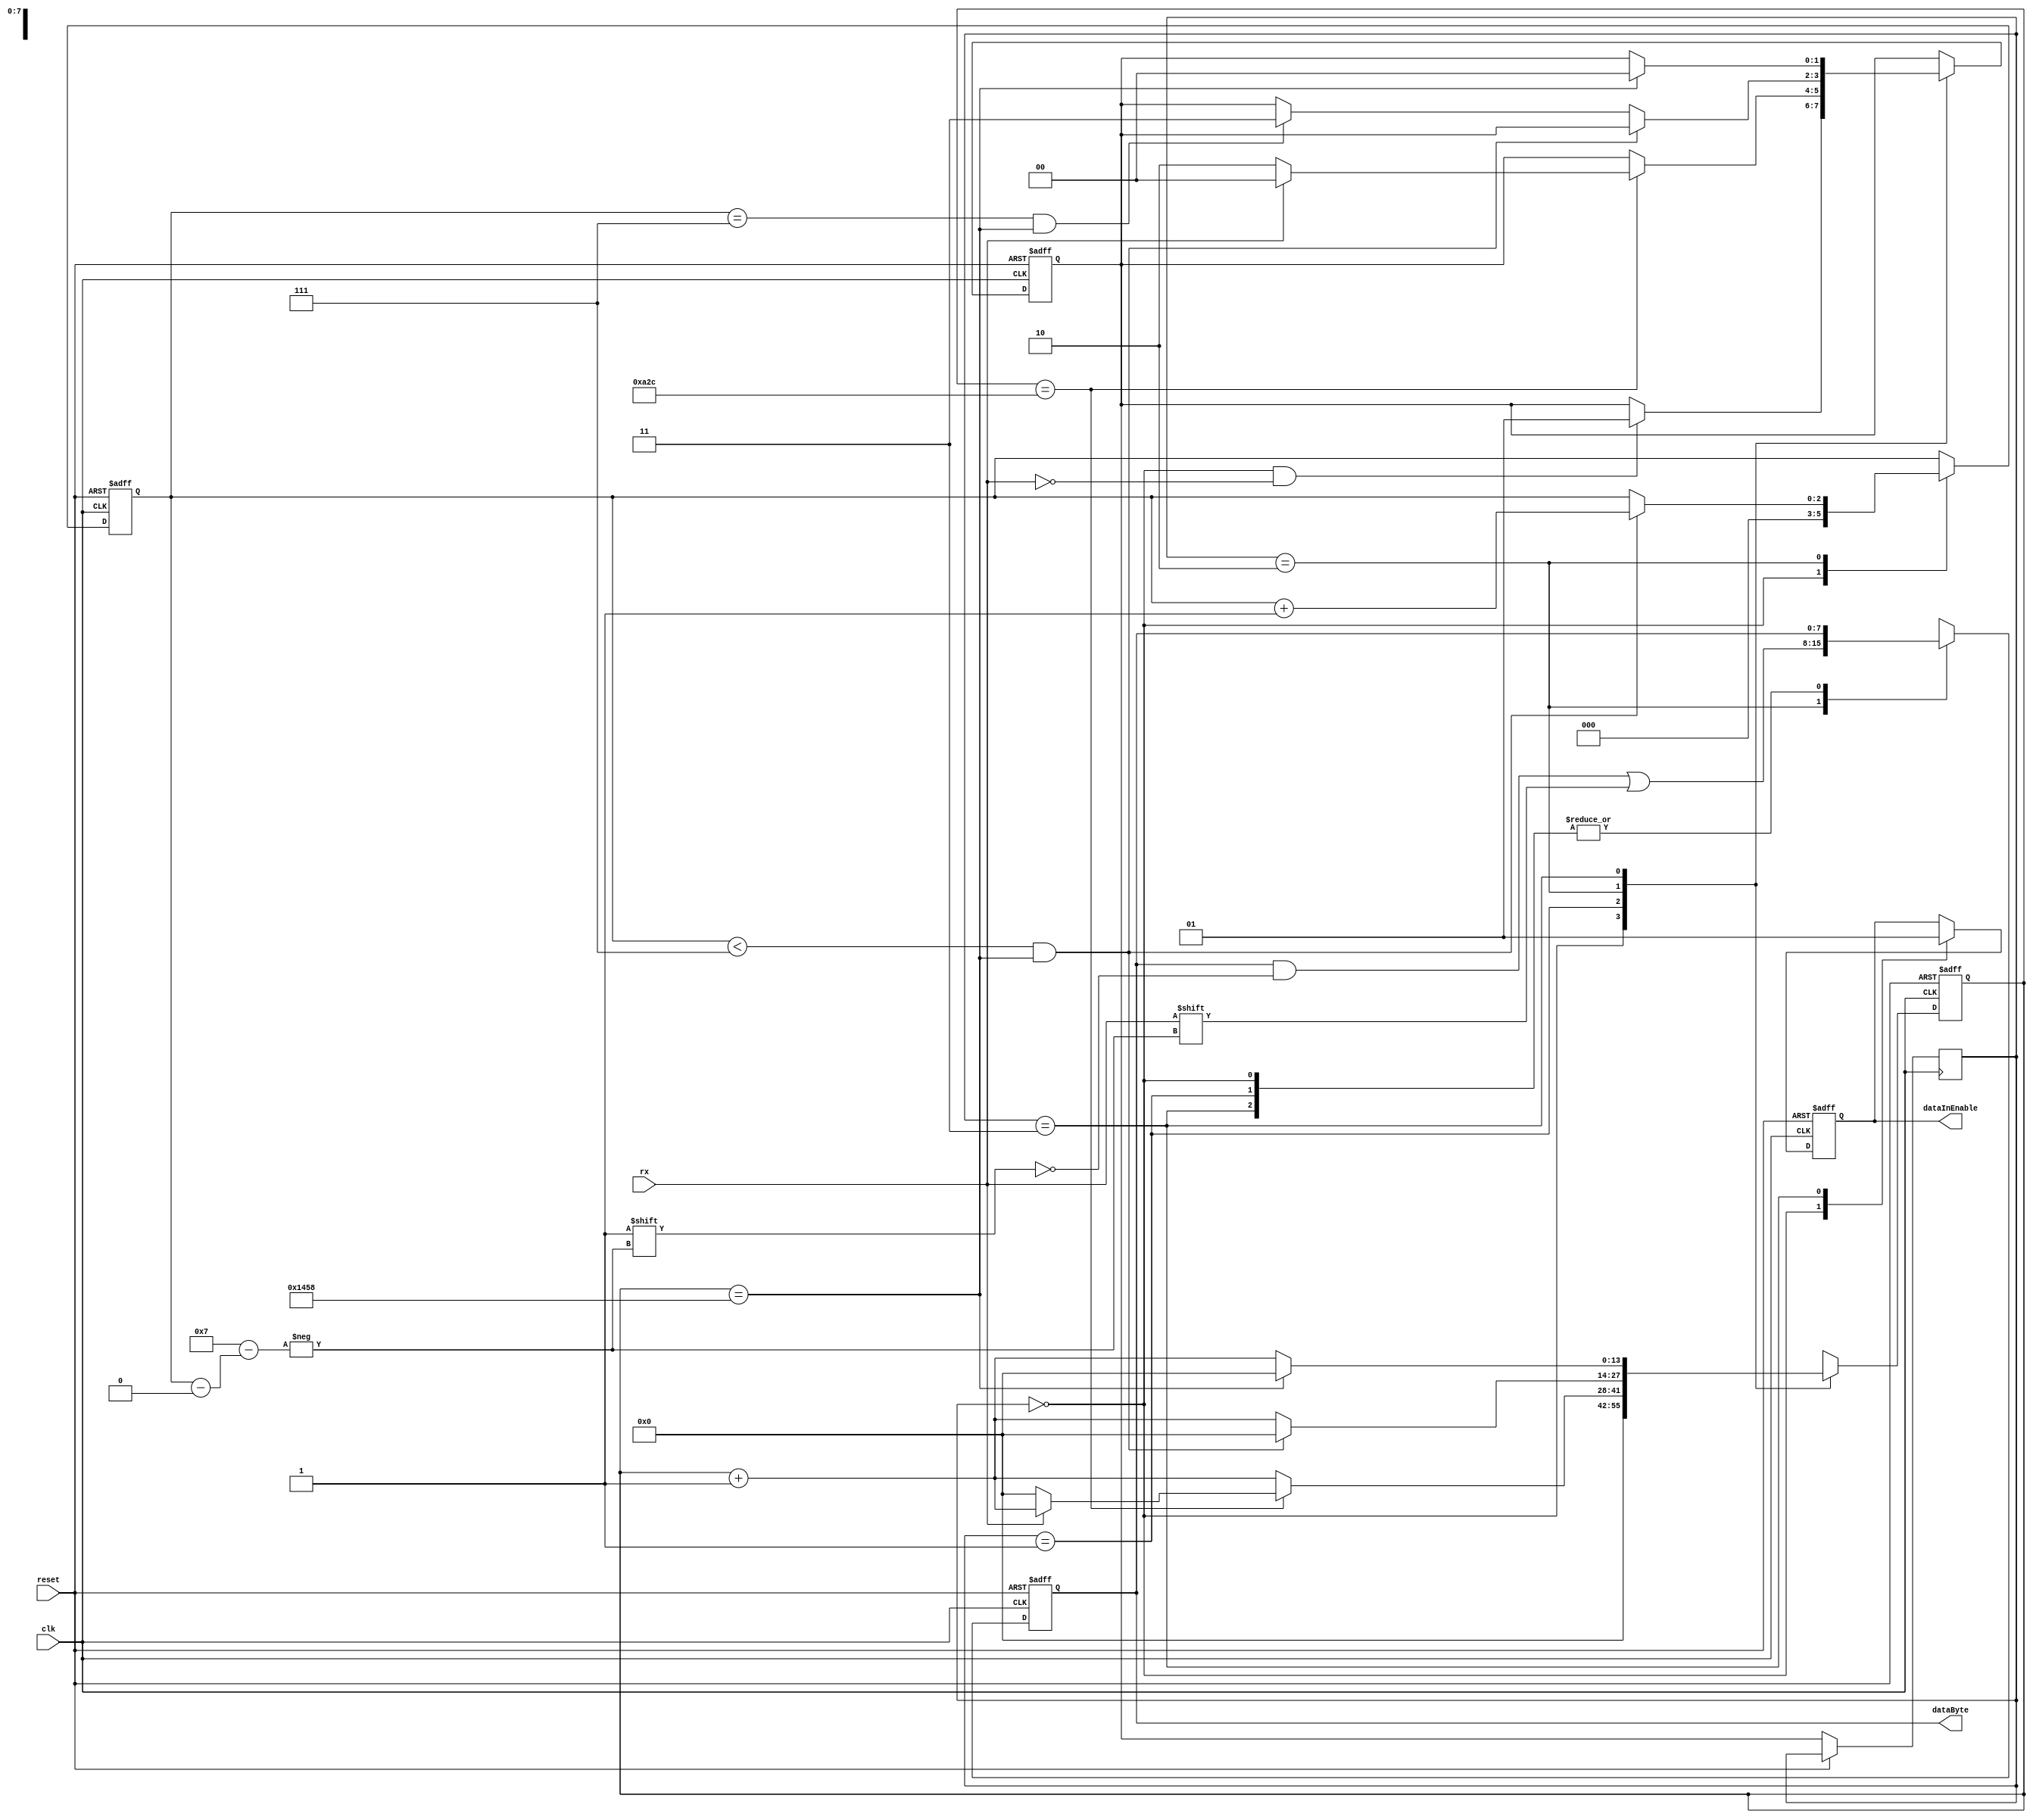
`timescale 1ns / 1ps
//////////////////////////////////////////////////////////////////////////////////
// Company: 
// Engineer: 
// 
// Design Name: 
// Module Name:    Rx 
// Project Name: 
// Target Devices: 
// Tool versions: 
// Description: 
//
// Dependencies: 
//
// Revision: 
// Revision 0.01 - File Created
// Additional Comments: 
//
//////////////////////////////////////////////////////////////////////////////////
module Rx(input wire clk, input wire reset, input wire rx, output wire [0:7]dataByte, output reg dataInEnable);
	reg [0:13]counter = 0; //9600 Baud @ 50Mhz
	localparam MAX_TICK = 5208;
	
	localparam [1:0]
		IDLE = 2'b00,
		START = 2'b01,
		DATA = 2'b10,
		STOP = 2'b11;
		
	reg [0:2]bitPos = 0;
	reg [0:7]dataBuff = 0;

	reg [1:0]state = 0;
	reg [1:0]nextState = 0;
	
	assign dataByte = dataBuff;
	
	always @(posedge clk, posedge reset)
	begin
		if(reset)
		begin
			nextState <= IDLE;
			counter <= 0;
			bitPos <= 0;
			dataBuff <= 0;
			dataInEnable <= 0;
		end
		
		else
		begin
			state <= nextState;
			
			case(state)
				IDLE:
				begin
					dataInEnable <= 1'b0;
					counter <= 0;
					bitPos <= 0;
					
					if(state == IDLE && rx == 0)
						nextState <= START;
				end
			
				START:
				begin
					counter <= counter + 1;
					
					if(counter == MAX_TICK / 2)
					begin
						if(rx == 0) //rx still low?
						begin
							nextState <= DATA;
							counter <= 0;
						end
						
						else
							nextState <= IDLE;
					end
				end
				
				DATA:
				begin
					counter <= counter + 1;
					dataBuff[bitPos] <= rx;
					
					if(bitPos < 7 && counter == MAX_TICK)
					begin
						bitPos <= bitPos + 1;
						counter <= 0;
					end
					
					else if(bitPos == 7 && counter == MAX_TICK)
						nextState <= STOP;
				end
				
				STOP:
				begin
					dataInEnable <= 1'b1;
					
					counter <= counter + 1;
					if(counter == MAX_TICK)
					begin
						nextState <= IDLE;
						counter <= 0;
					end
				end
			
			endcase
		end
	end
endmodule